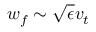
w _ { f } \sim \sqrt { \epsilon } v _ { t }